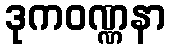
ဒုကဝဏ္ဏနာ